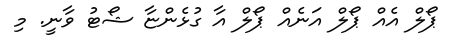
ޕޯލް އެއް ޕޯލް އަނެއް ޕޯލް އާ ގުޅެންޏާ ޝޯޓު ވާނީ. މި